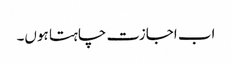
اب اجازت چاہتا ہوں۔